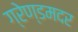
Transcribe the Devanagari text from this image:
ग्रेण्डमदर